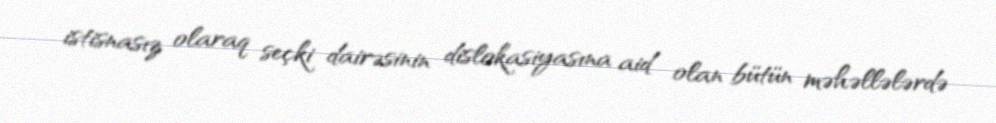
istisnasız olaraq seçki dairəsinin dislokasiyasına aid olan bütün məhəllələrdə